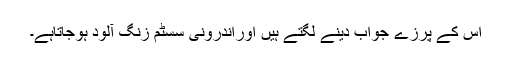
اس کے پرزے جواب دینے لگتے ہیں اوراندرونی سسٹم زنگ آلود ہوجاتاہے۔